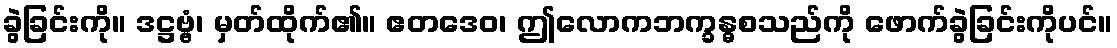
ခွဲခြင်းကို။ ဒဋ္ဌဗ္ဗံ၊ မှတ်ထိုက်၏။ ဧတဒေဝ၊ ဤလောကဘက္ခန္ဓစသည်ကို ဖောက်ခွဲခြင်းကိုပင်။